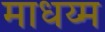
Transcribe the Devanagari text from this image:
माधय्म